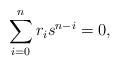
LaTeX: \begin{align*}\sum_{i=0}^n r_i s^{n-i} = 0,\end{align*}